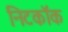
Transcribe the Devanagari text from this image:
निटकॉक